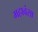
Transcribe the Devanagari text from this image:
महावंसा